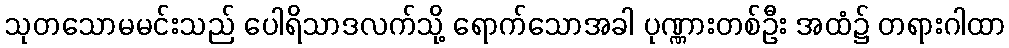
သုတသောမမင်းသည် ပေါရိသာဒလက်သို့ ရောက်သောအခါ ပုဏ္ဏားတစ်ဦး အထံ၌ တရားဂါထာ